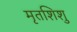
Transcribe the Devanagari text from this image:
मृतशिशु